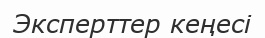
Эксперттер кеңесі